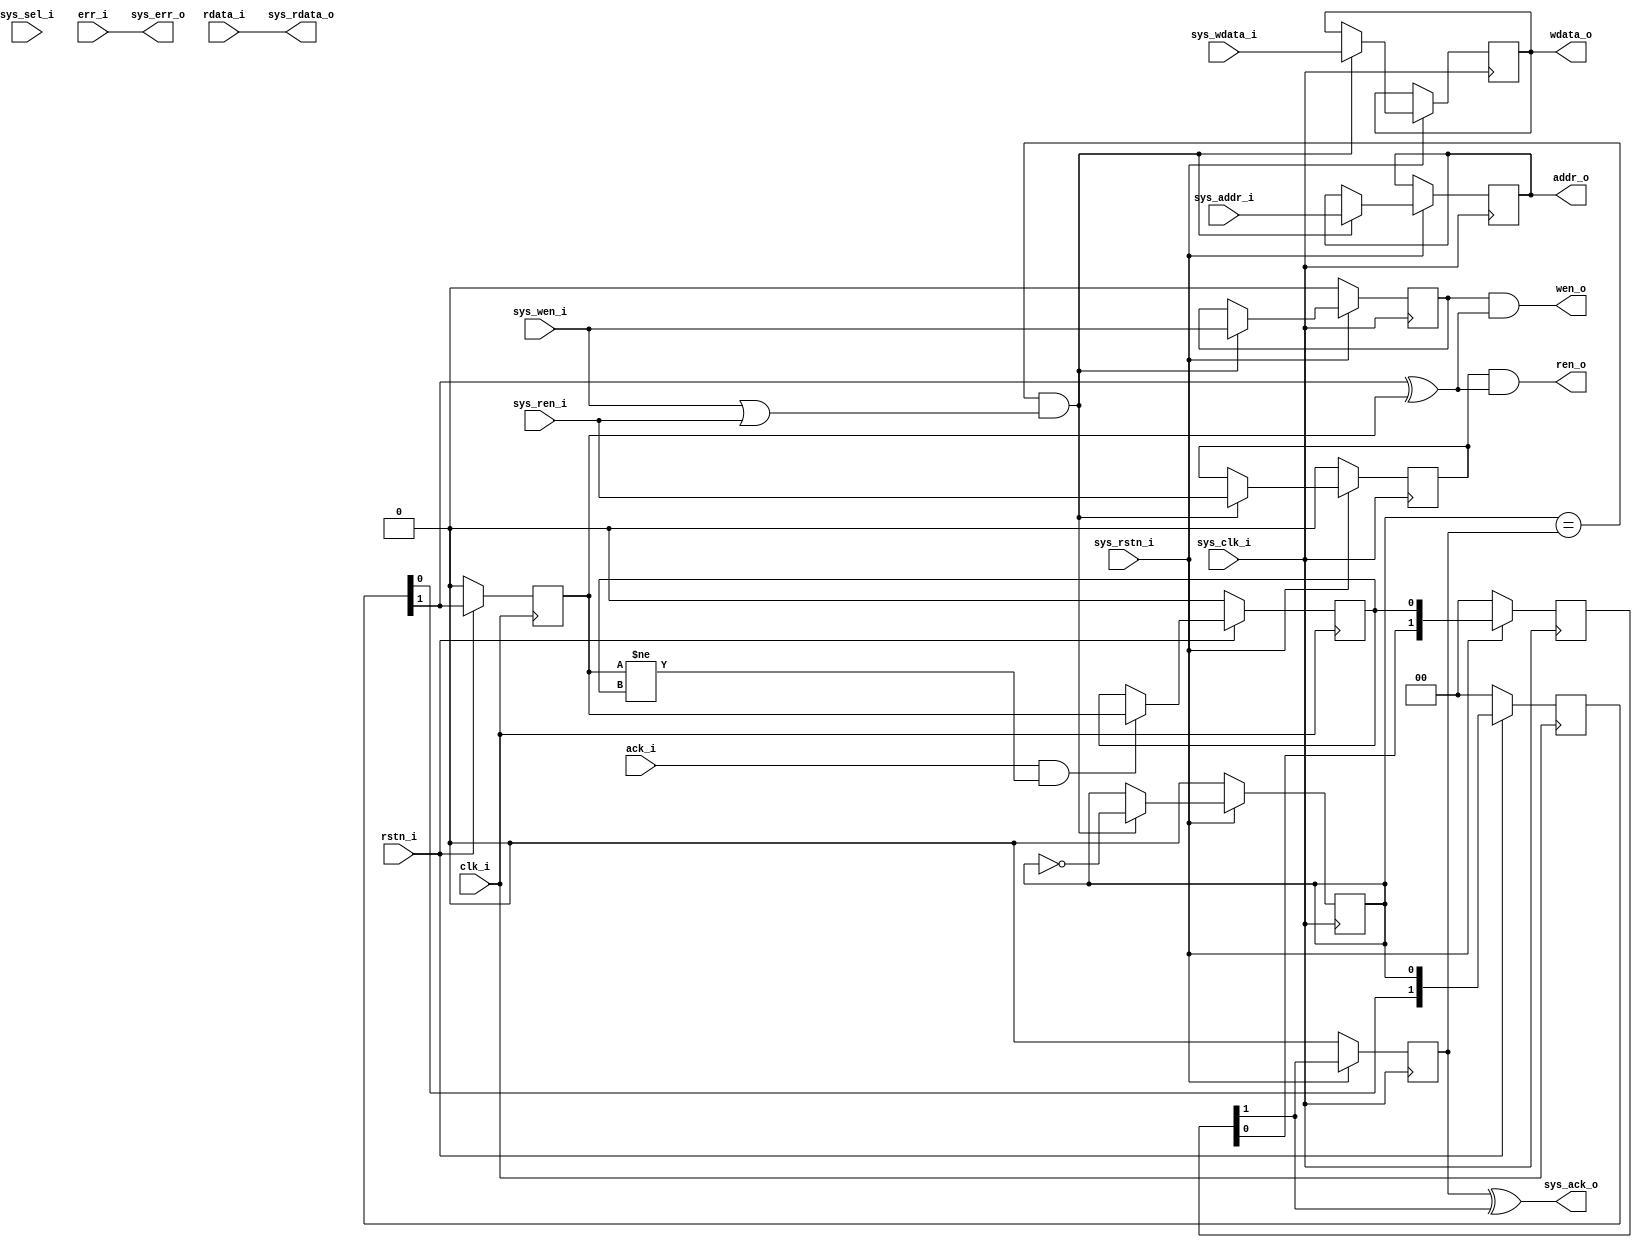
module bus_clk_bridge
(
   // system bus
   input                 sys_clk_i     ,  //!< bus clock
   input                 sys_rstn_i    ,  //!< bus reset - active low
   input      [ 32-1: 0] sys_addr_i    ,  //!< bus address
   input      [ 32-1: 0] sys_wdata_i   ,  //!< bus write data
   input      [  4-1: 0] sys_sel_i     ,  //!< bus write byte select
   input                 sys_wen_i     ,  //!< bus write enable
   input                 sys_ren_i     ,  //!< bus read enable
   output     [ 32-1: 0] sys_rdata_o   ,  //!< bus read data
   output                sys_err_o     ,  //!< bus error indicator
   output                sys_ack_o     ,  //!< bus acknowledge signal


   // Destination bus
   input                 clk_i         ,  //!< clock
   input                 rstn_i        ,  //!< reset - active low
   output reg [ 32-1: 0] addr_o        ,  //!< address
   output reg [ 32-1: 0] wdata_o       ,  //!< write data
   output                wen_o         ,  //!< write enable
   output                ren_o         ,  //!< read enable
   input      [ 32-1: 0] rdata_i       ,  //!< read data
   input                 err_i         ,  //!< error indicator
   input                 ack_i            //!< acknowledge signal
);



//---------------------------------------------------------------------------------
//  Synchronize signals between clock domains

reg            sys_rd    ;
reg            sys_wr    ;
reg            sys_do    ;
reg  [ 2-1: 0] sys_sync  ;
reg            sys_done  ;
reg            dst_do    ;
reg  [ 2-1: 0] dst_sync  ;
reg            dst_done  ;

always @(posedge sys_clk_i) begin
   if (sys_rstn_i == 1'b0) begin
      sys_rd   <= 1'b0 ;
      sys_wr   <= 1'b0 ;
      sys_do   <= 1'b0 ;
      sys_sync <= 2'h0 ;
      sys_done <= 1'b0 ;
   end 
   else begin

      if ((sys_do == sys_done) && (sys_wen_i || sys_ren_i)) begin
         addr_o  <= sys_addr_i    ;
         wdata_o <= sys_wdata_i   ;
         sys_rd  <= sys_ren_i     ;
         sys_wr  <= sys_wen_i     ;
         sys_do  <= !sys_do       ;
      end

      sys_sync <= {sys_sync[0], dst_done};
      sys_done <= sys_sync[1];
   end
end


always @(posedge clk_i) begin
   if (rstn_i == 1'b0) begin
      dst_do    <= 1'b0 ;
      dst_sync  <= 2'h0 ;
      dst_done  <= 1'b0 ;
   end
   else begin
      dst_sync <= {dst_sync[0], sys_do};
      dst_do   <= dst_sync[1];

      if (ack_i && (dst_do != dst_done))
         dst_done <= dst_do;
   end
end

assign ren_o = sys_rd && (dst_sync[1]^dst_do);
assign wen_o = sys_wr && (dst_sync[1]^dst_do);


assign sys_rdata_o = rdata_i                ;
assign sys_err_o   = err_i                  ;
assign sys_ack_o   = sys_done ^ sys_sync[1] ;



endmodule